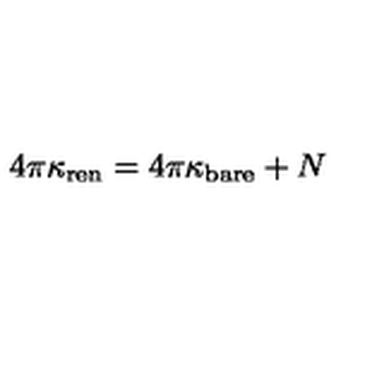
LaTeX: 4 \pi \kappa _ { \mathrm { r e n } } = 4 \pi \kappa _ { \mathrm { b a r e } } + N